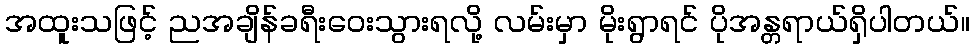
အထူးသဖြင့် ညအချိန်ခရီးဝေးသွားရလို့ လမ်းမှာ မိုးရွာရင် ပိုအန္တရာယ်ရှိပါတယ်။